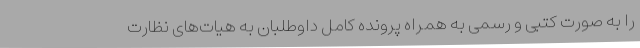
را به صورت کتبی و رسمی به همراه پرونده کامل داوطلبان به هیات‌های نظارت